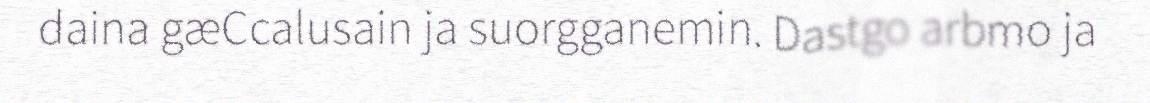
daina gæCcalusain ja suorgganemin. Dastgo arbmo ja